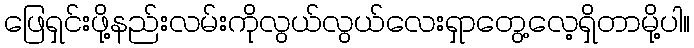
ဖြေရှင်းဖို့နည်းလမ်းကိုလွယ်လွယ်လေးရှာတွေ့လေ့ရှိတာမို့ပါ။